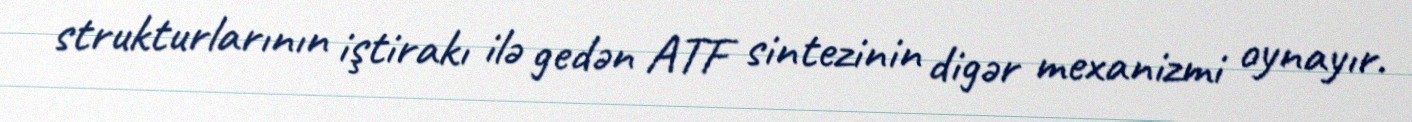
strukturlarının iştirakı ilə gedən ATF sintezinin digər mexanizmi oynayır.